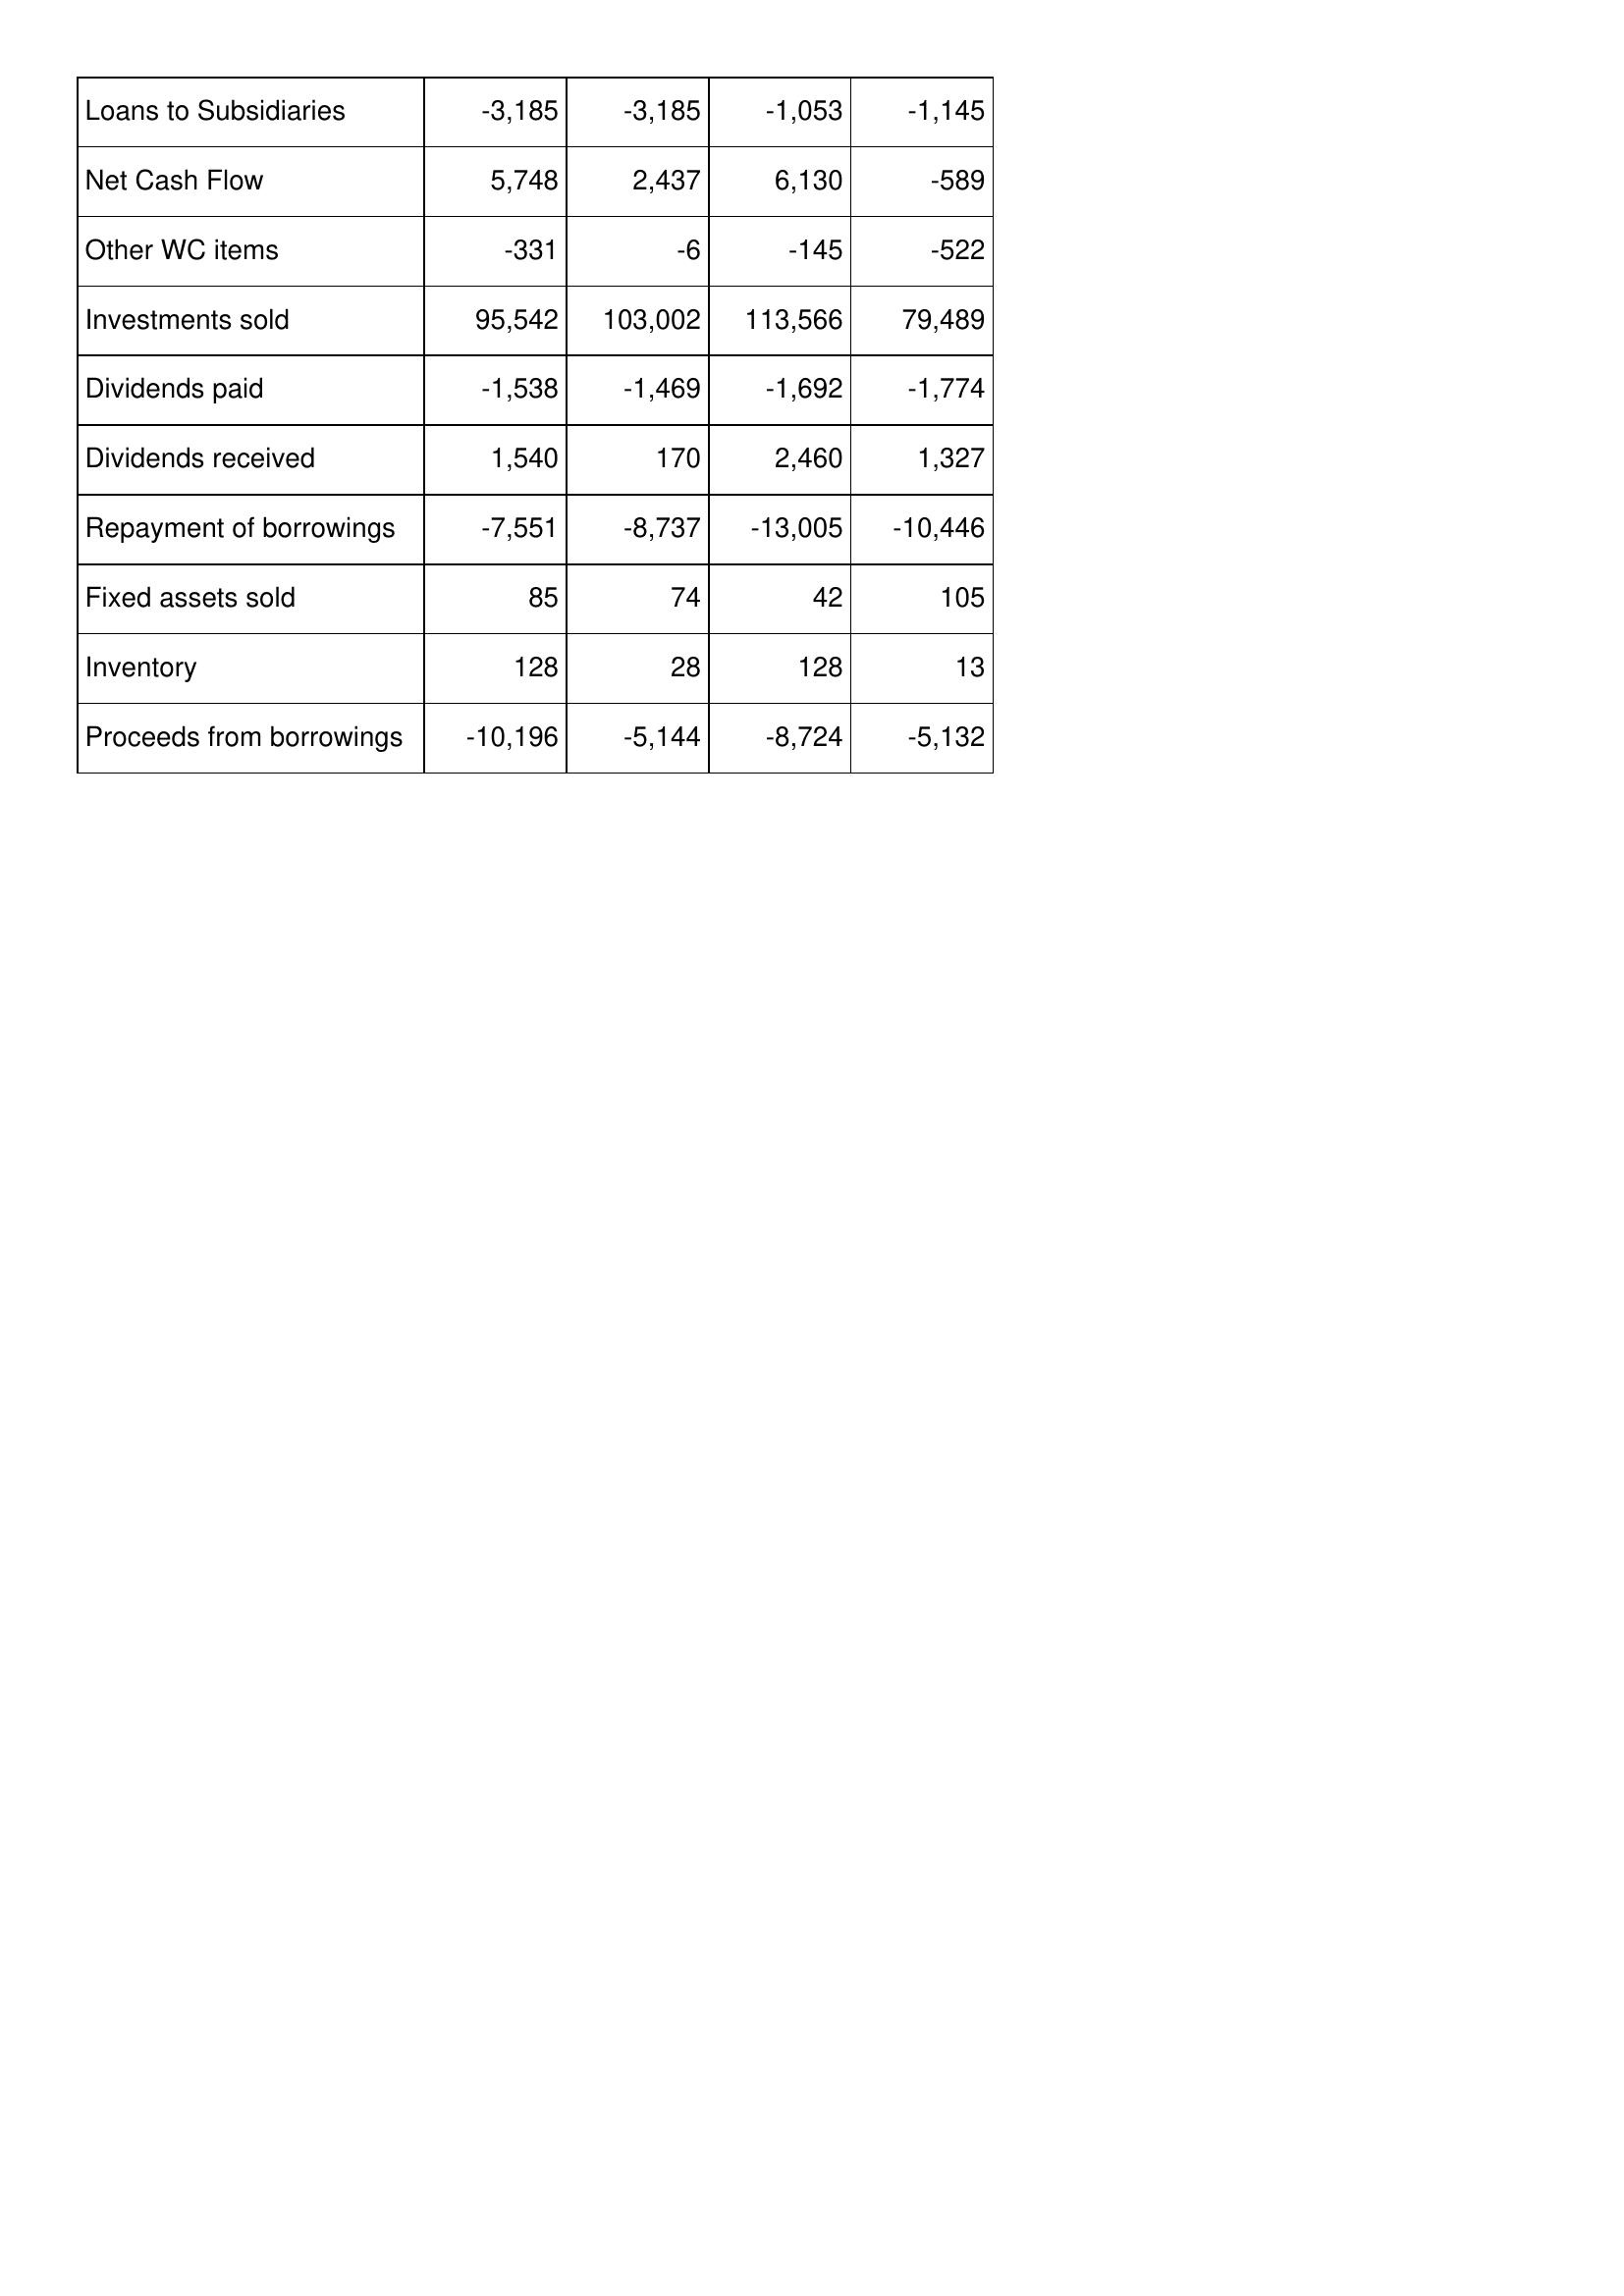
May-05: Cash Flows: Loans to Subsidiaries: -3,185
Net Cash Flow: 5,748
Other WC items: -331
Investments sold: 95,542
Dividends paid: -1,538
Dividends received: 1,540
Repayment of borrowings: -7,551
Fixed assets sold: 85
Inventory: 128
Proceeds from borrowings: -10,196
May-04: Cash Flows: Loans to Subsidiaries: -3,185
Net Cash Flow: 2,437
Other WC items: -6
Investments sold: 103,002
Dividends paid: -1,469
Dividends received: 170
Repayment of borrowings: -8,737
Fixed assets sold: 74
Inventory: 28
Proceeds from borrowings: -5,144
May-03: Cash Flows: Loans to Subsidiaries: -1,053
Net Cash Flow: 6,130
Other WC items: -145
Investments sold: 113,566
Dividends paid: -1,692
Dividends received: 2,460
Repayment of borrowings: -13,005
Fixed assets sold: 42
Inventory: 128
Proceeds from borrowings: -8,724
May-02: Cash Flows: Loans to Subsidiaries: -1,145
Net Cash Flow: -589
Other WC items: -522
Investments sold: 79,489
Dividends paid: -1,774
Dividends received: 1,327
Repayment of borrowings: -10,446
Fixed assets sold: 105
Inventory: 13
Proceeds from borrowings: -5,132